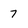
Character: 7